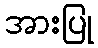
အားပြု